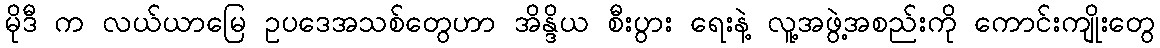
မိုဒီ က လယ်ယာမြေ ဥပဒေအသစ်တွေဟာ အိန္ဒိယ စီးပွား ရေးနဲ့ လူ့အဖွဲ့အစည်းကို ကောင်းကျိုးတွေ